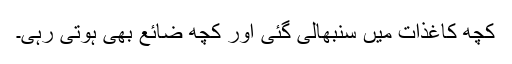
کچھ کاغذات میں سنبھالی گئی اور کچھ ضائع بھی ہوتی رہی۔